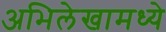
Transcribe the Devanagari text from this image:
अभिलेखामध्ये